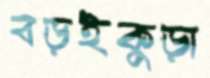
বড়ইকুড়া